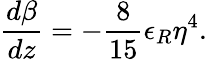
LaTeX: \frac{d\beta}{dz}=-\frac{8}{15}\epsilon_{R}\eta^{4}.